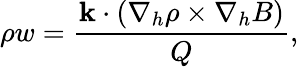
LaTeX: \rho w=\frac{{\mathbf k}\cdot(\nabla_{h}\rho\times\nabla_{h}B)}{Q},